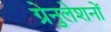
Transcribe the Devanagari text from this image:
ग्रेनुलेशनों